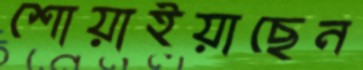
শোয়াইয়াছেন